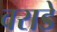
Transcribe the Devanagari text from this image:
वराडे